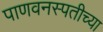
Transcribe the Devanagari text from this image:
पाणवनस्पतीच्या